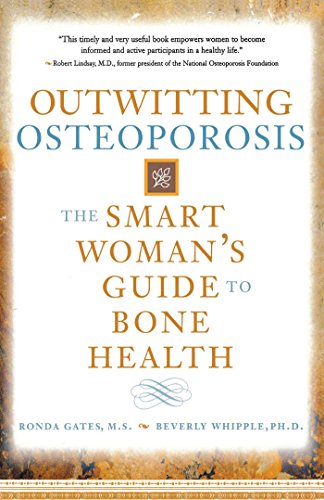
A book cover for Outwitting Osteoporosis: The Smart Woman'S Guide To Bone Health; Ronda Gates M.S.; Health, Fitness & Dieting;